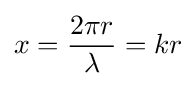
x={\frac {2\pi r}{\lambda }}=kr